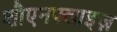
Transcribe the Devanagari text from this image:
शौएनफ्लाइज़